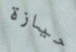
حيازة